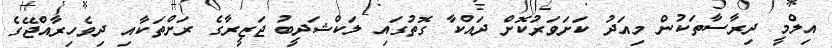
އިލްމީ ދިރާސާތަކުން މިއަދު ކަށަވަރުކޮށް ދައްކާ ގޮތުގައި ލަކްޝަދީބު ޖަޒީރާގެ ރަށްތަކާއި ދިވެހިރާއްޖޭގެ